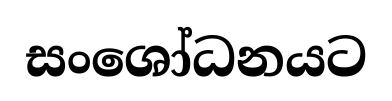
සංශෝධනයට